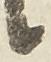
候